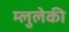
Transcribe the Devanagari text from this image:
म्लुलेकी